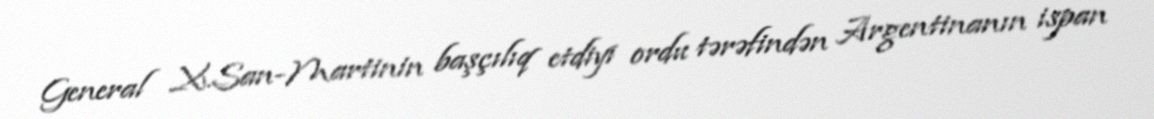
General X.San-Martinin başçılıq etdiyi ordu tərəfindən Argentinanın ispan